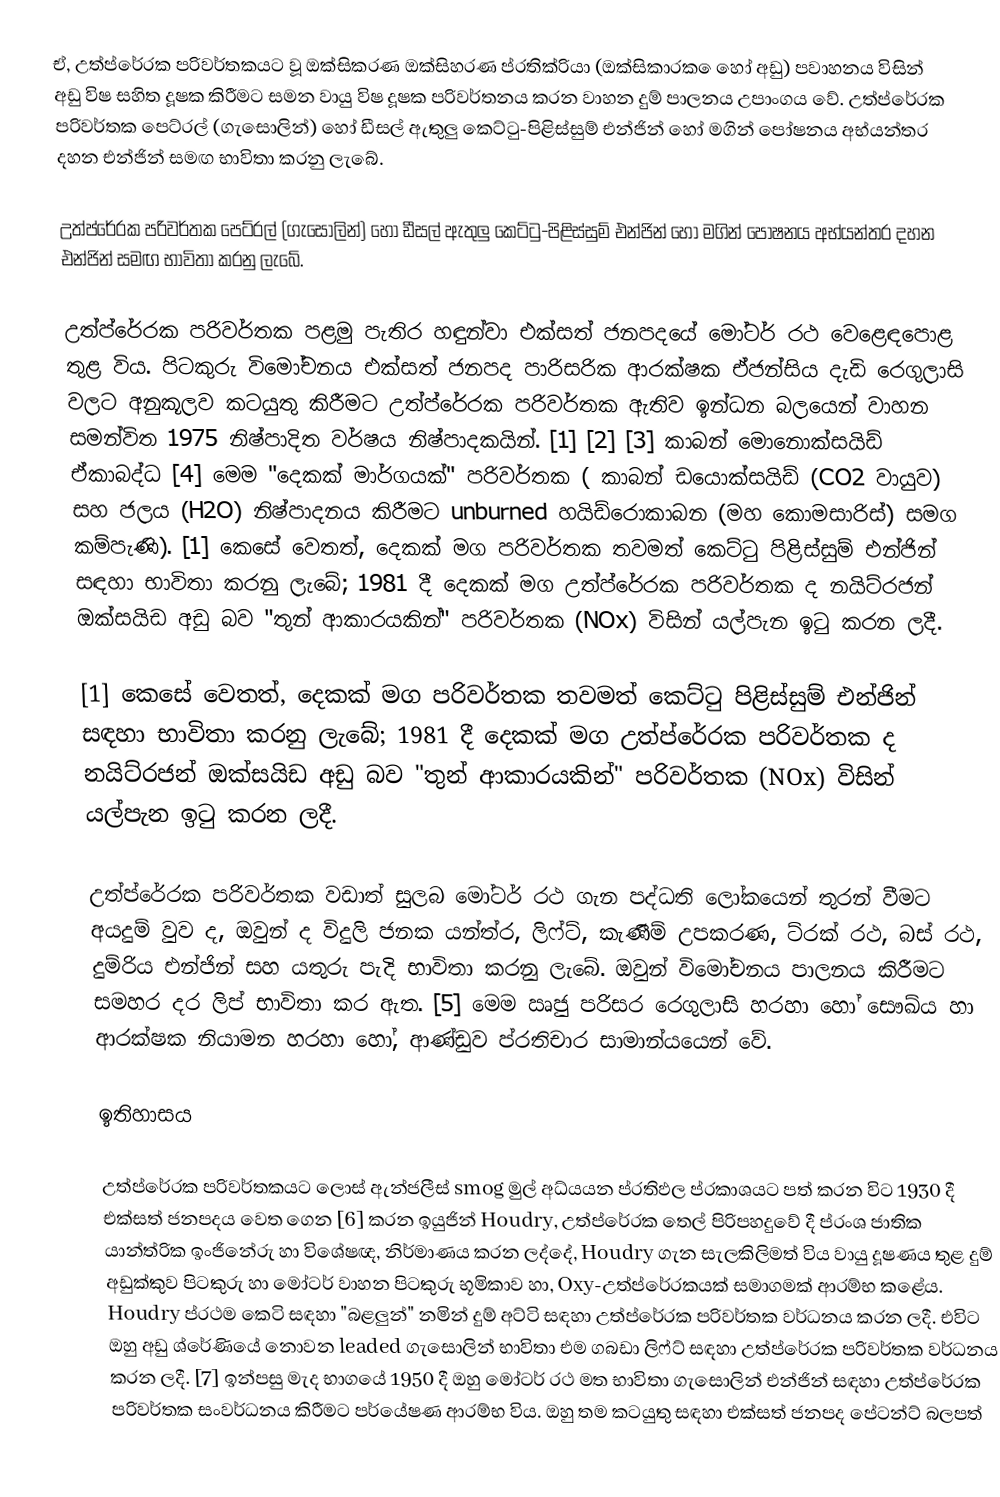
ඒ, උත්ප්රේරක පරිවර්තකයට වූ ඔක්සිකරණ ඔක්සිහරණ ප්රතික්රියා (ඔක්සිකාරක ෙහෝ අඩු) පවාහනය විසින් අඩු විෂ සහිත දූෂක කිරීමට සමන වායු විෂ දූෂක පරිවර්තනය කරන වාහන දුම් පාලනය උපාංගය වේ. උත්ප්රේරක පරිවර්තක පෙට්රල් (ගැසොලින්) හෝ ඩීසල් ඇතුලු කෙට්ටු-පිළිස්සුම් එන්ජින් හෝ මගින් පෝෂනය අභ්යන්තර දහන එන්ජින් සමඟ භාවිතා කරනු ලැබේ.

උත්ප්රේරක පරිවර්තක පෙට්රල් (ගැසොලින්) හෝ ඩීසල් ඇතුලු කෙට්ටු-පිළිස්සුම් එන්ජින් හෝ මගින් පෝෂනය අභ්යන්තර දහන එන්ජින් සමඟ භාවිතා කරනු ලැබේ.

උත්ප්රේරක පරිවර්තක පළමු පැතිර හඳුන්වා එක්සත් ජනපදයේ මෝටර් රථ වෙළෙඳපොළ තුළ විය. පිටකුරු විමෝචනය එක්සත් ජනපද පාරිසරික ආරක්ෂක ඒජන්සිය දැඩි රෙගුලාසි වලට අනුකූලව කටයුතු කිරීමට උත්ප්රේරක පරිවර්තක ඇතිව ඉන්ධන බලයෙන් වාහන සමන්විත 1975 නිෂ්පාදිත වර්ෂය නිෂ්පාදකයින්. [1] [2] [3] කාබන් මොනොක්සයිඩ් ඒකාබද්ධ [4] මෙම "දෙකක් මාර්ගයක්" පරිවර්තක ( කාබන් ඩයොක්සයිඩ් (CO2 වායුව) සහ ජලය (H2O) නිෂ්පාදනය කිරීමට unburned හයිඩ්රොකාබන (මහ කොමසාරිස්) සමග කම්පැණි). [1] කෙසේ වෙතත්, දෙකක් මග පරිවර්තක තවමත් කෙට්ටු පිළිස්සුම් එන්ජින් සඳහා භාවිතා කරනු ලැබේ; 1981 දී දෙකක් මග උත්ප්රේරක පරිවර්තක ද නයිට්රජන් ඔක්සයිඩ අඩු බව "තුන් ආකාරයකින්" පරිවර්තක (NOx) විසින් යල්පැන ඉටු කරන ලදී.

[1] කෙසේ වෙතත්, දෙකක් මග පරිවර්තක තවමත් කෙට්ටු පිළිස්සුම් එන්ජින් සඳහා භාවිතා කරනු ලැබේ; 1981 දී දෙකක් මග උත්ප්රේරක පරිවර්තක ද නයිට්රජන් ඔක්සයිඩ අඩු බව "තුන් ආකාරයකින්" පරිවර්තක (NOx) විසින් යල්පැන ඉටු කරන ලදී.

උත්ප්රේරක පරිවර්තක වඩාත් සුලබ මෝටර් රථ ගැන පද්ධති ලෝකයෙන් තුරන් වීමට අයදුම් වුව ද, ඔවුන් ද විදුලි ජනක යන්ත්ර, ලිෆ්ට්, කැණීම් උපකරණ, ට්රක් රථ, බස් රථ, දුම්රිය එන්ජින් සහ යතුරු පැදි භාවිතා කරනු ලැබේ. ඔවුන් විමෝචනය පාලනය කිරීමට සමහර දර ලිප් භාවිතා කර ඇත. [5] මෙම ඍජු පරිසර රෙගුලාසි හරහා හෝ සෞඛ්ය හා ආරක්ෂක නියාමන හරහා හෝ, ආණ්ඩුව ප්රතිචාර සාමාන්යයෙන් වේ.

ඉතිහාසය

උත්ප්රේරක පරිවර්තකයට ලොස් ඇන්ජලීස් smog මුල් අධ්යයන ප්රතිඵල ප්රකාශයට පත් කරන විට 1930 දී එක්සත් ජනපදය වෙත ගෙන [6] කරන ඉයුජින් Houdry, උත්ප්රේරක තෙල් පිරිපහදුවේ දී ප්රංශ ජාතික යාන්ත්රික ඉංජිනේරු හා විශේෂඥ, නිර්මාණය කරන ලද්දේ, Houdry ගැන සැලකිලිමත් විය වායු දූෂණය තුළ දුම් අඩුක්කුව පිටකුරු හා මෝටර් වාහන පිටකුරු භූමිකාව හා, Oxy-උත්ප්රේරකයක් සමාගමක් ආරම්භ කළේය. Houdry ප්රථම කෙටි සඳහා "බළලුන්" නමින් දුම් අට්ටි සඳහා උත්ප්රේරක පරිවර්තක වර්ධනය කරන ලදී. එවිට ඔහු අඩු ශ්රේණියේ නොවන leaded ගැසොලින් භාවිතා එම ගබඩා ලිෆ්ට් සඳහා උත්ප්රේරක පරිවර්තක වර්ධනය කරන ලදී. [7] ඉන්පසු මැද භාගයේ 1950 දී ඔහු මෝටර් රථ මත භාවිතා ගැසොලින් එන්ජින් සඳහා උත්ප්රේරක පරිවර්තක සංවර්ධනය කිරීමට පර්යේෂණ ආරම්භ විය. ඔහු තම කටයුතු සඳහා එක්සත් ජනපද පේටන්ට් බලපත්